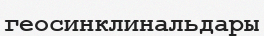
геосинклинальдары